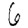
Digit: 6